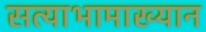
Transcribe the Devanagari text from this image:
सत्याभामाख्यान